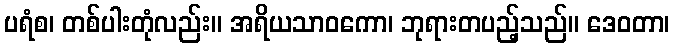
ပရံစ၊ တစ်ပါးတုံလည်း။ အရိယသာဝကော၊ ဘုရားတပည့်သည်။ ဒေဝတာ၊